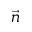
\vec { n }